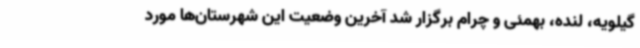
گیلویه، لنده، بهمئی و چرام برگزار شد آخرین وضعیت این شهرستان‌ها مورد